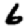
Digit: 6